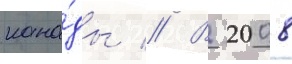
кана́ды // В 2008